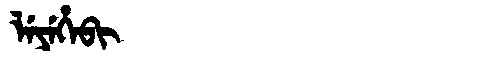
Manchu: ᠯᡝᠶᡝᡥᡝᠪᡳ
Romanization: LEYEHEBI